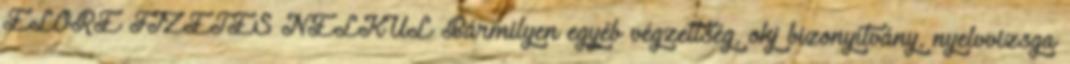
ELŐRE FIZETÉS NÉLKÜL Bármilyen egyéb végzettség, okj bizonyítvány, nyelvvizsga